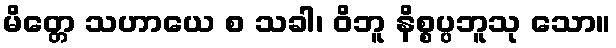
မိတ္တေ သဟာယေ စ သခါ၊ ဝိဘူ နိစ္စပ္ပဘူသု သော။